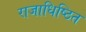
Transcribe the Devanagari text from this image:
राजाधिष्ठित